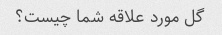
گل مورد علاقه شما چیست؟